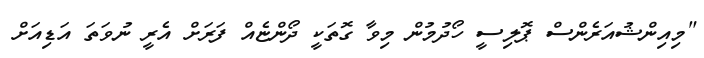
"މިއިންޝުއަރެންސް ޕޮލިސީ ހޯދުމުން މިވާ ގޮތަކީ ދޯންޏެއް ފަރަށް އެރީ ނުވަަތަ އަޑިއަށް